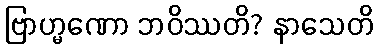
ဗြာဟ္မဏော ဘဝိဿတိ? နာသေတိ